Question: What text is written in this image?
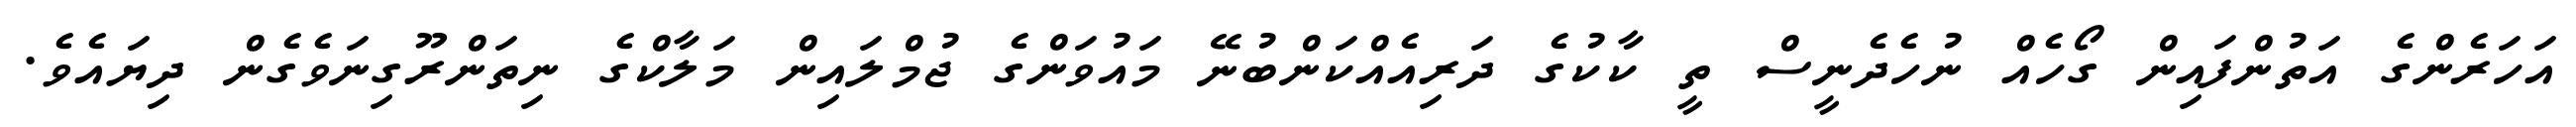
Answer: އަހަރެންގެ އަތުންފައިން ގޯހެއް ނުހެދެނީސް ތީ ކާކުގެ ދަރިއެއްކަންބުނޭ މައުވަންގެ ޖުމްލައިން މަލާކްގެ ނިތަންރޫގިނަވެގެން ދިޔައެވެ.